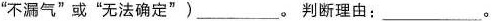
”不漏气”或”无法确定”)\underline。判断理由：\underline。